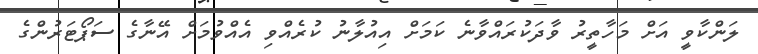
ލަންކާވީ އަށް މަހާތީރު ވާދަކުރައްވާނެ ކަމަށް އިއުލާނު ކުރެއްވި އެއްވުމަށް އޭނާގެ ސަޕޯޓަރުންގެ